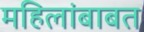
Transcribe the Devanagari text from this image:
महिलांबाबत